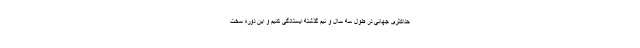
حداکثری جهانی در طول سه سال و نیم گذشته ایستادگی کنیم و این دوره سخت